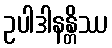
ဥပါဒါနန္တိဿ